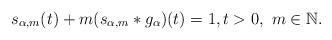
LaTeX: \begin{align*}s_{\alpha,m}(t) + m(s_{\alpha,m}*g_{\alpha})(t) = 1,t > 0,\,\,m\in\mathbb{N}.\end{align*}